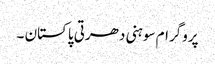
پروگرام سوہنی دھرتی پاکستان ۔